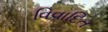
વિવાદિત